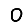
Digit: 0